Annual report of the Punjab Veterinary College and of the Civil Veterinary Department, Punjab - 1920-1925
Year: 1920
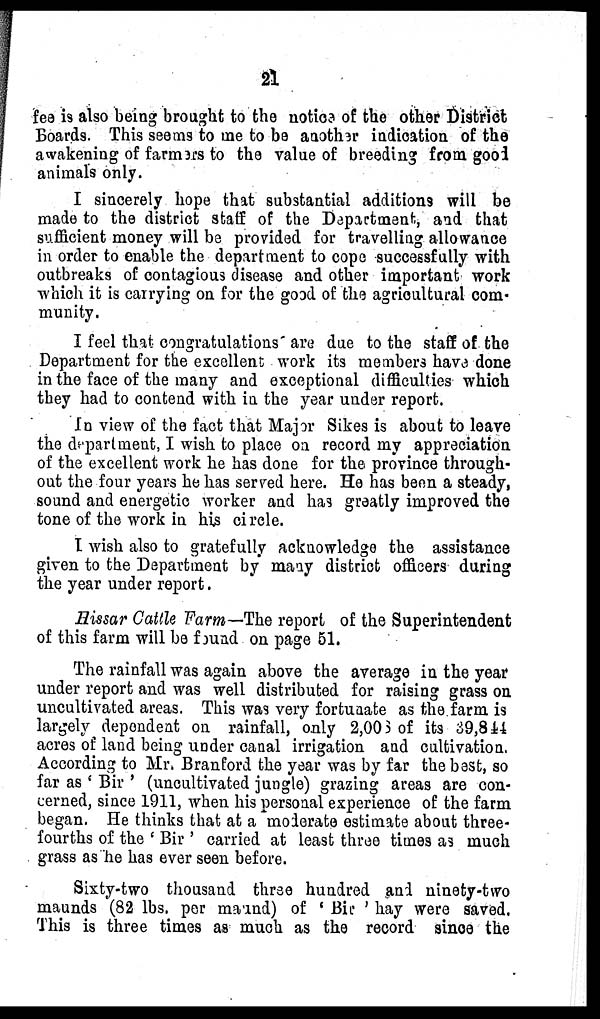
21
fee is also being brought to the notice of the other District
Boards. This seems to me to be another indication of the
awakening of farmers to the value of breeding from good
animals only.
I sincerely hope that substantial additions will be
made to the district staff of the Department, and that
sufficient money will be provided for travelling allowance
in order to enable the department to cope successfully with
outbreaks of contagious disease and other important work
which it is carrying on for the good of the agricultural com-
munity.
I feel that congratulations are due to the staff of the
Department for the excellent work its members have done
in the face of the many and exceptional difficulties which
they had to contend with in the year under report.
In view of the fact that Major Sikes is about to leave
the department, I wish to place on record my appreciation
of the excellent work he has done for the province through-
out the four years he has served here. He has been a steady,
sound and energetic worker and has greatly improved the
tone of the work in his circle.
I wish also to gratefully acknowledge the assistance
given to the Department by many district officers during
the year under report.
Hissar Cattle Farm—The report of the Superintendent
of this farm will be found on page 51.
The rainfall was again above the average in the year
under report and was well distributed for raising grass on
uncultivated areas. This was very fortunate as the farm is
largely dependent on rainfall, only 2,003 of its 39,844
acres of land being under canal irrigation and cultivation.
According to Mr. Branford the year was by far the best, so
far as ' Bir ' (uncultivated jungle) grazing areas are con-
cerned, since 1911, when his personal experience of the farm
began. He thinks that at a moderate estimate about three-
fourths of the 'Bir' carried at least three times as much
grass as he has ever seen before.
Sixty-two thousand three hundred and ninety-two
maunds (82 lbs. per maund) of 'Bit' hay were saved.
This is three times as much as the record since the